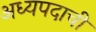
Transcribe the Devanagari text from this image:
अध्यपदाची